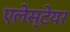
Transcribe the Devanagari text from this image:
एलेस्टेयर